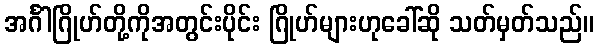
အင်္ဂါဂြိုဟ်တို့ကိုအတွင်းပိုင်း ဂြိုဟ်များဟုခေါ်ဆို သတ်မှတ်သည်။